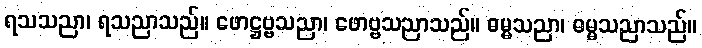
ရသသညာ၊ ရသညာသည်။ ဖောဋ္ဌဗ္ဗသညာ၊ ဖောဗ္ဗသညာသည်။ ဓမ္မသညာ၊ ဓမ္မသညာသည်။